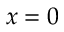
x = 0